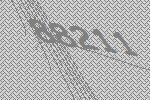
88211